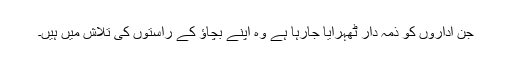
جن اداروں کو ذمہ دار ٹھہرایا جارہا ہے وہ اپنے بچاؤ کے راستوں کی تلاش میں ہیں۔